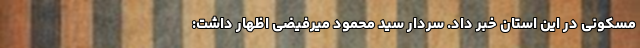
مسکونی در این استان خبر داد. سردار سید محمود میرفیضی اظهار داشت: